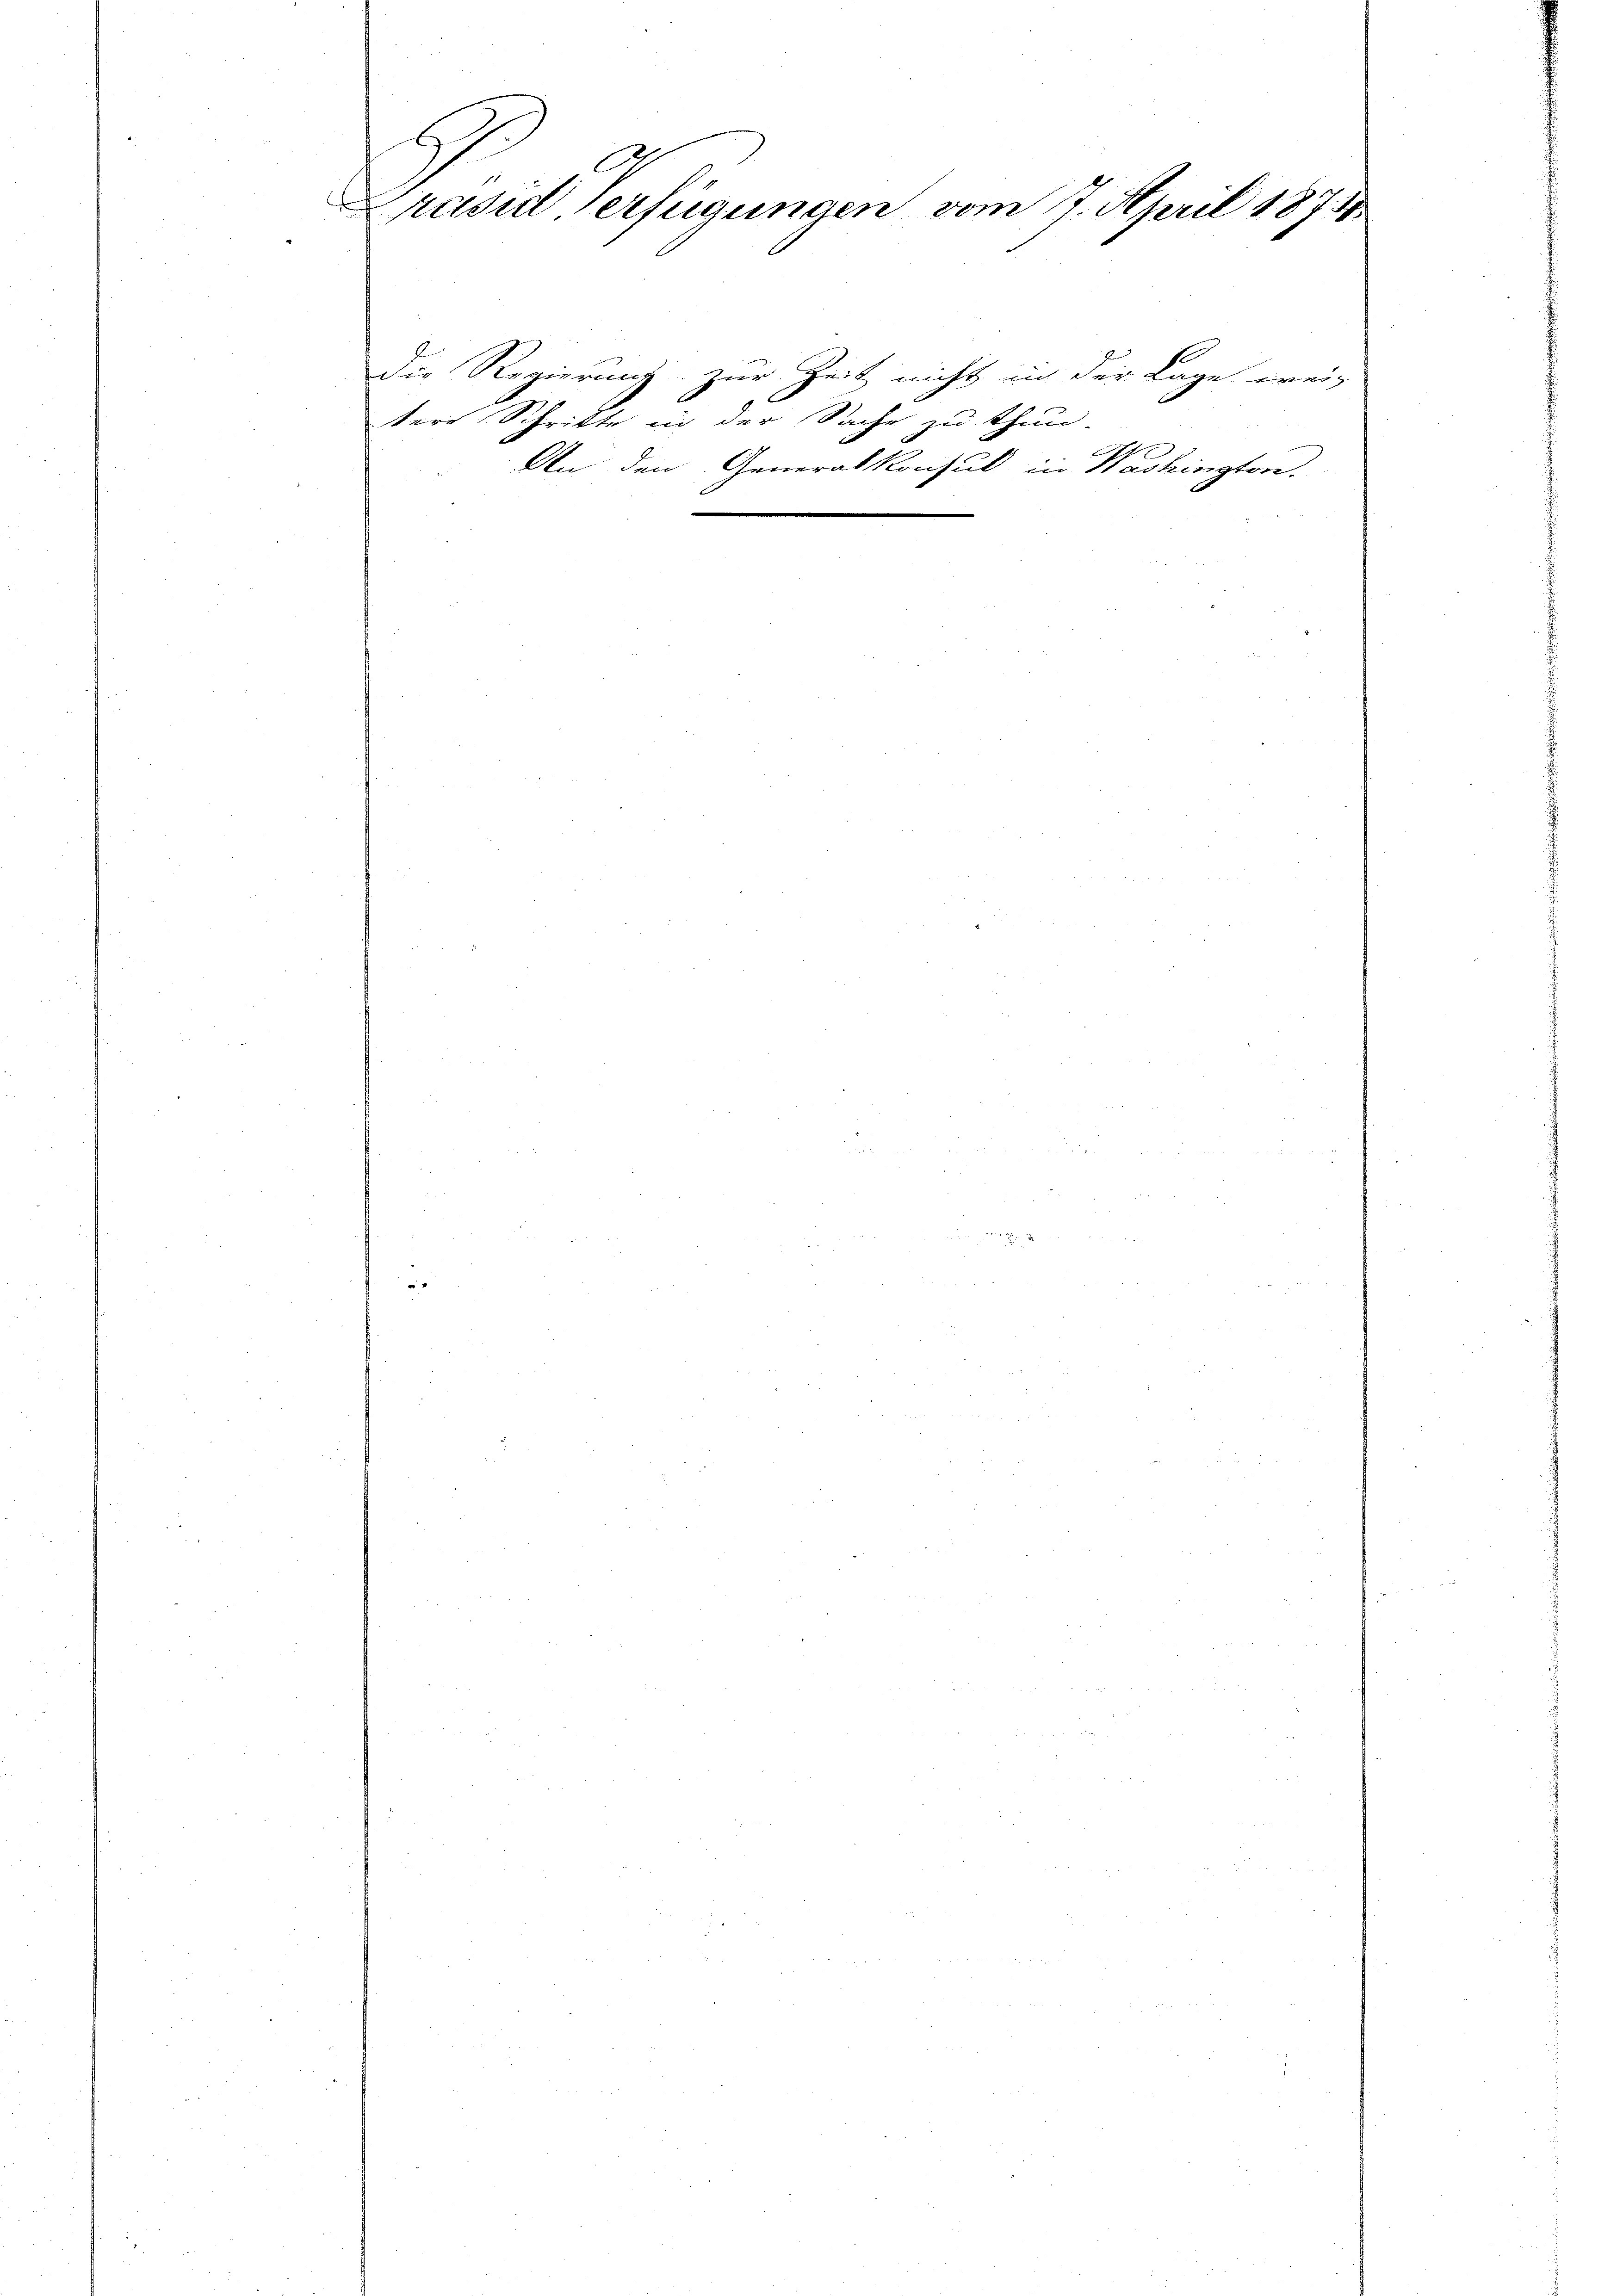
Prasil Verfügungen vom 7. April 1873.

2

tere Schritte in der Sache zu thun.

Die Regierung zur Zeit nicht in der Lage weis
An den Generalkonsul in Washington.